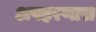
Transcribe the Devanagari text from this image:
अपहरणास